Plague in India, 1896, 1897 - Volume 1
Year: 1896
Disease focus: Plague
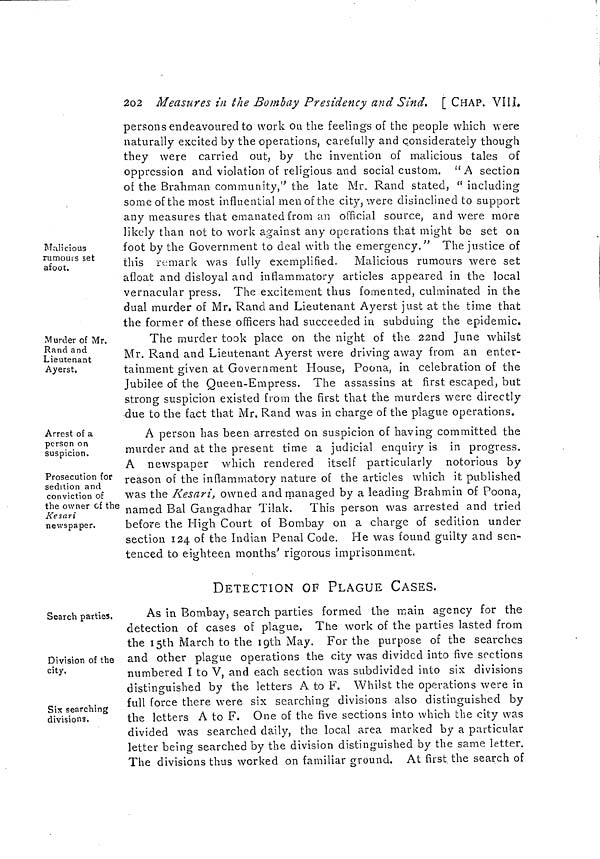
202 Measures in the Bombay Presidency and Sind. [ CHAP. VIII.
Malicious
rumours set
afoot.
persons endeavoured to work on the feelings of the people which were
naturally excited by the operations, carefully and considerately though
they were carried out, by the invention of malicious tales of
oppression and violation of religious and social custom. " A section
of the Brahman community," the late Mr. Rand stated, " including
some of the most influential men of the city, were disinclined to support
any measures that emanated from an official source, and were more
likely than not to work against any operations that might be set on
foot by the Government to deal with the emergency." The justice of
this remark was fully exemplified. Malicious rumours were set
afloat and disloyal and inflammatory articles appeared in the local
vernacular press. The excitement thus fomented, culminated in the
dual murder of Mr. Rand and Lieutenant Ayerst just at the time that
the former of these officers had succeeded in subduing the epidemic.
Murder of Mr.
Rand and
Lieutenant
Ayerst.
The murder took place on the night of the 22nd June whilst
Mr. Rand and Lieutenant Ayerst were driving away from an enter-
tainment given at Government House, Poona, in celebration of the
Jubilee of the Queen-Empress. The assassins at first escaped, but
strong suspicion existed from the first that the murders were directly
due to the fact that Mr. Rand was in charge of the plague operations.
Arrest of a
person on
suspicion.
A person has been arrested on suspicion of having committed the
murder and at the present time a judicial enquiry is in progress.
Prosecution for
sedition and
conviction of
the owner of the
Kesari
newspaper.
A newspaper which rendered itself particularly notorious by
reason of the inflammatory nature of the articles which it published
was the Kesari, owned and managed by a leading Brahmin of Poona,
named Bal Gangadhar Tilak. This person was arrested and tried
before the High Court of Bombay on a charge of sedition under
section 124 of the Indian Penal Code. He was found guilty and sen-
tenced to eighteen months' rigorous imprisonment.
Search parties.
Division of the
city.
Six searching
divisions.
DETECTION OF PLAGUE CASES.
As in Bombay, search parties formed the main agency for the
detection of cases of plague, The work of the parties lasted from
the 15th March to the 19th May. For the purpose of the searches
and other plague operations the city was divided into five sections
numbered I to V, and each section was subdivided into six divisions
distinguished by the letters A to F. Whilst the operations were in
full force there were six searching divisions also distinguished by
the letters A to F. One of the five sections into which the city was
divided was searched daily, the local area marked by a particular
letter being searched by the division distinguished by the same letter.
The divisions thus worked on familiar ground. At first the search of